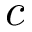
c